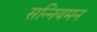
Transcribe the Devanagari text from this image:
सन्नियमन